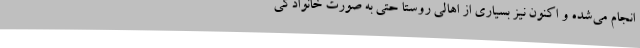
انجام می‌شده و اکنون نیز بسیاری از اهالی روستا حتی به صورت خانوادگی